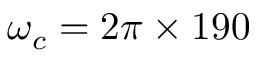
\omega _ { c } = 2 \pi \times 1 9 0